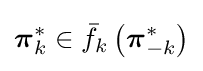
{\boldsymbol {\pi }}_{k}^{*}\in {\bar {f}}_{k}\left({\boldsymbol {\pi }}_{-k}^{*}\right)